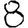
Digit: 8